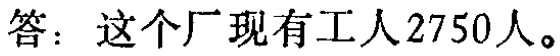
答：这个厂现有工人2750人。